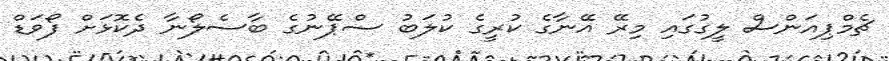
ޗެމްޕިއަންސް ލީގުގައި މިރޭ އޭނާގެ ކުރީގެ ކުލަބު ސްޕޭނުގެ ބާސެލޯނާ ދެކޮޅަށް ފޯވަޑް